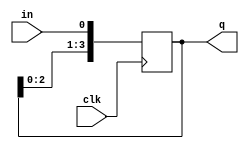
module SIPO(
    input in,
    input clk,
    output [3:0] q
);

    reg [3:0] q;

    always @(posedge clk) begin
        q[3:1] <= q[2:0];
        q[0] <= in; 
    end

endmodule